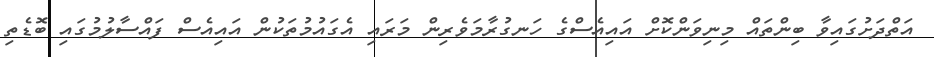
އަތްދަށުގައިވާ ބިންތައް މިނިވަންކޮށް އައިއެސްގެ ހަނގުރާމަވެރިން މަރައި އެގައުމުތަކުން އައިއެސް ފައްސާލުމުގައި ބޮޑެތި